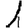
Digit: 1